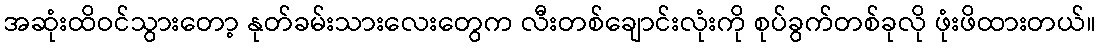
အဆုံးထိဝင်သွားတော့ နုတ်ခမ်းသားလေးတွေက လီးတစ်ချောင်းလုံးကို စုပ်ခွက်တစ်ခုလို ဖုံးဖိထားတယ်။